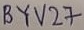
Text: BYV27